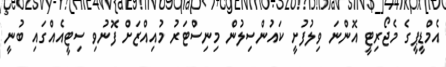
އެމްޑީޕީގެ މެޖޯރިޓީ އޮންނަ ވިލުފުށީ ކައުންސިލުން މިނިސްޓަރު މުއިއްޒަށް ފޮނުވި ސިޓީއެއްގައި ބުނީ